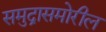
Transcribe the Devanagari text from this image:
समुद्रासमोरील